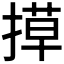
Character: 𭡶